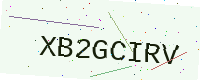
Text: XB2GCIRV